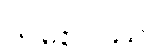
သစေပိဿ